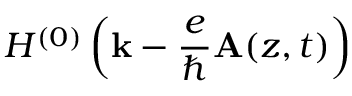
H ^ { ( 0 ) } \left( { \bf k } - \frac { e } { \hbar } { \bf A } ( z , t ) \right)